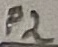
Text: P2